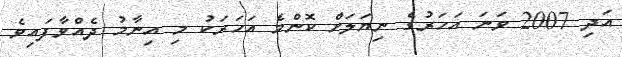
އަދި 2007 ވަނަ އަހަރުގެ ނިޔަލަށް ކޮންމެ އަހަރަކު މި އިނާމު ދެއްވާފައިވެ